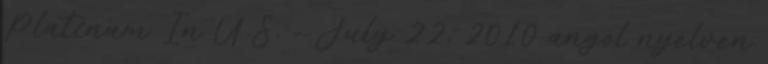
Platinum In U.S. - July 22, 2010 angol nyelven